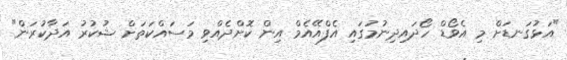
"އަޅުގަނޑަށް މި އެވޯޑް ހޯދައިދިނުމުގައި އެފްއޭއެމް އިން ކޮށްދެއްވި މަސައްކަތަށް ޝުކުރު އަދާކުރަން"